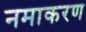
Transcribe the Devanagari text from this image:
नमाकरण